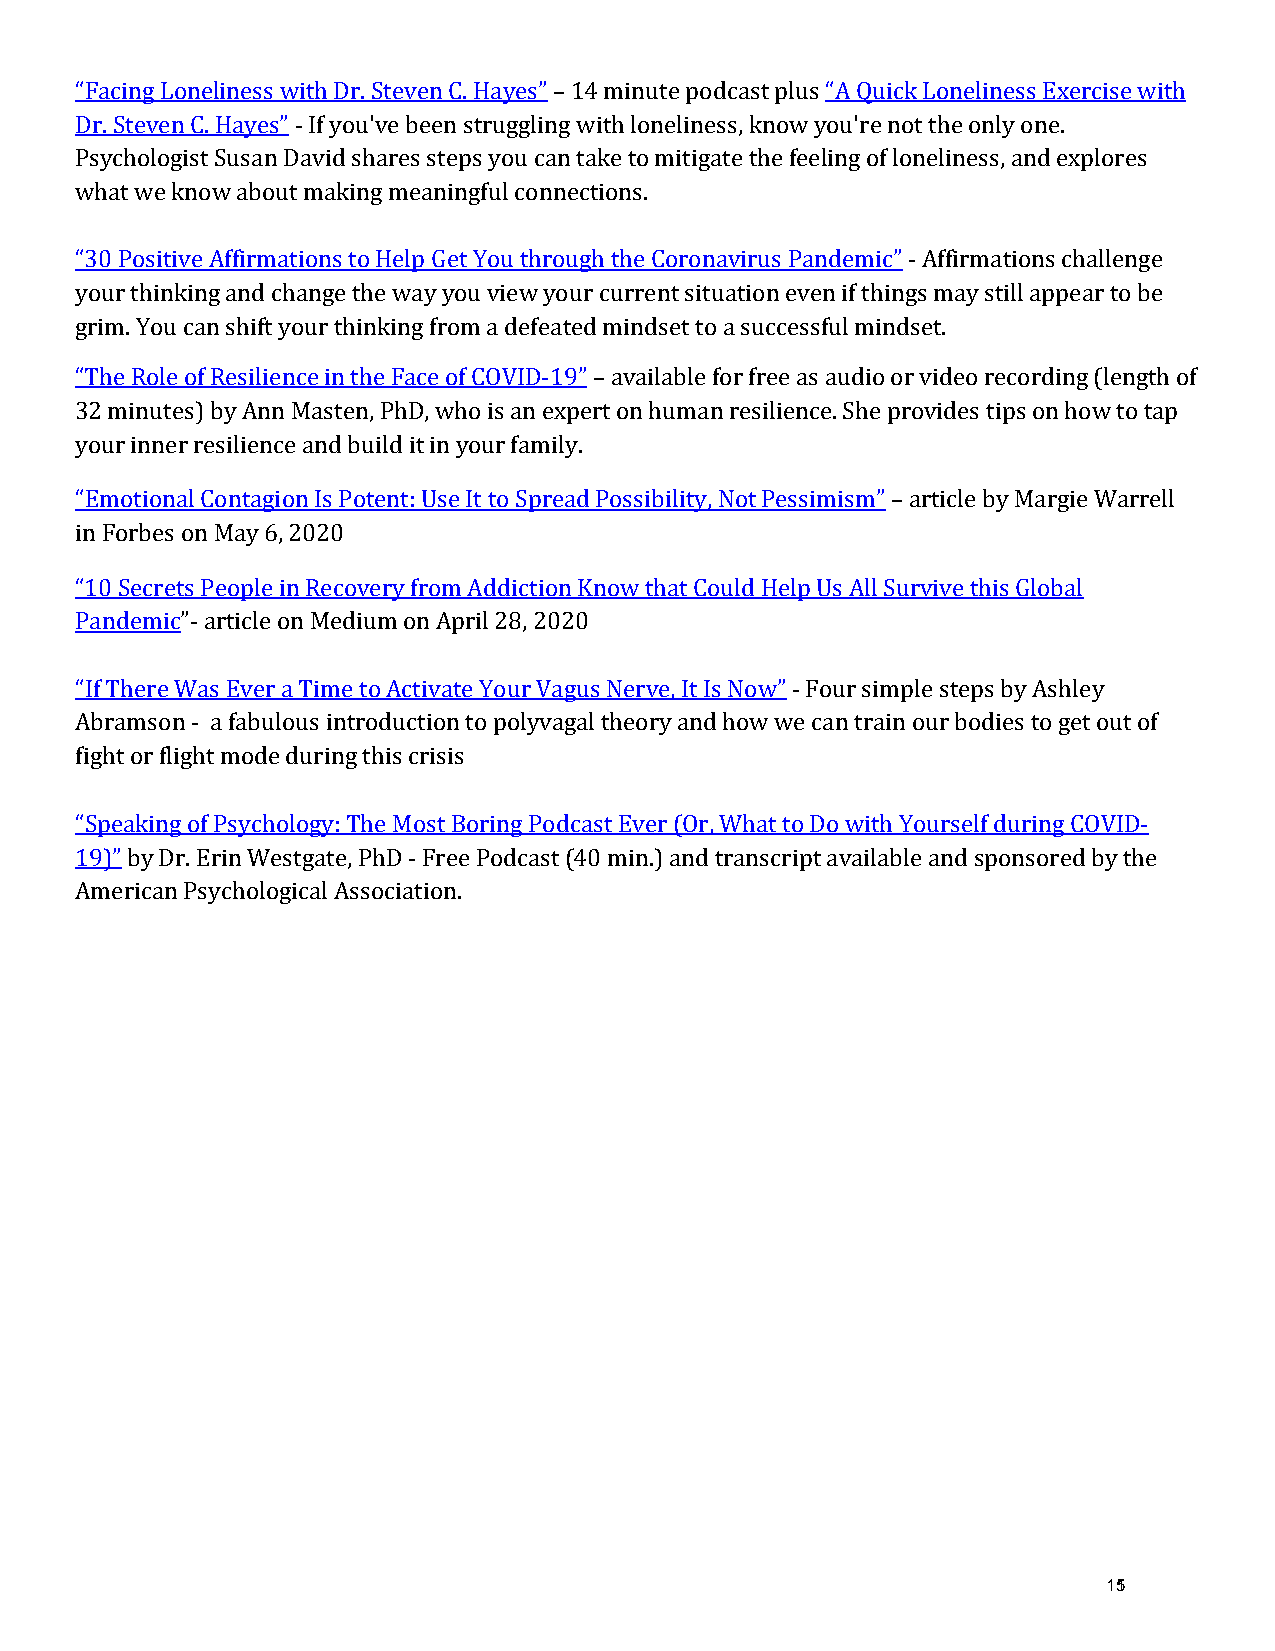
“Facing Loneliness with Dr. Steven C. Hayes” – 14 minute podcast plus “A Quick Loneliness Exercise with
 Dr. Steven C. Hayes” - If you've been struggling with loneliness, know you're not the only one.
 Psychologist Susan David shares steps you can take to mitigate the feeling of loneliness, and explores
 what we know about making meaningful connections.
 “30 Positive Affirmations to Help Get You through the Coronavirus Pandemic” - Affirmations challenge
 your thinking and change the way you view your current situation even if things may still appear to be
 grim. You can shift your thinking from a defeated mindset to a successful mindset.
 “The Role of Resilience in the Face of COVID-19” – available for free as audio or video recording (length of
 32 minutes) by Ann Masten, PhD, who is an expert on human resilience. She provides tips on how to tap
 your inner resilience and build it in your family.
 “Emotional Contagion Is Potent: Use It to Spread Possibility, Not Pessimism” – article by Margie Warrell
 in Forbes on May 6, 2020
 “10 Secrets People in Recovery from Addiction Know that Could Help Us All Survive this Global
 Pandemic”- article on Medium on April 28, 2020
 “If There Was Ever a Time to Activate Your Vagus Nerve, It Is Now” - Four simple steps by Ashley
 Abramson - a fabulous introduction to polyvagal theory and how we can train our bodies to get out of
 fight or flight mode during this crisis
 “Speaking of Psychology: The Most Boring Podcast Ever (Or, What to Do with Yourself during COVID-
 19)” by Dr. Erin Westgate, PhD - Free Podcast (40 min.) and transcript available and sponsored by the
 American Psychological Association.
 151